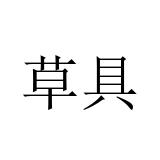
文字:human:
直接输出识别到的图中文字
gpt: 草具